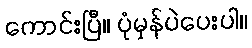
ကောင်းပြီ။ ပုံမှန်ပဲပေးပါ။